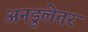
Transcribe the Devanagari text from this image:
अनडुलेतर